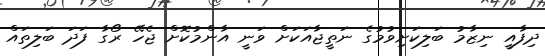
ދިފާއީ ނިޒާމު ބަލިކަށިވުމުގެ ނަތީޖާއަކަށް ވަނީ އާންމުކޮށް ޖެހޭ ރޯގާ ފަދަ ބަލިތައް